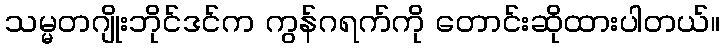
သမ္မတဂျိုးဘိုင်ဒင်က ကွန်ဂရက်ကို တောင်းဆိုထားပါတယ်။